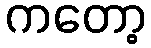
ကတော့